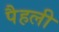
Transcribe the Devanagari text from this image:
पैहली